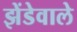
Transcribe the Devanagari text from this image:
झेंडेवाले